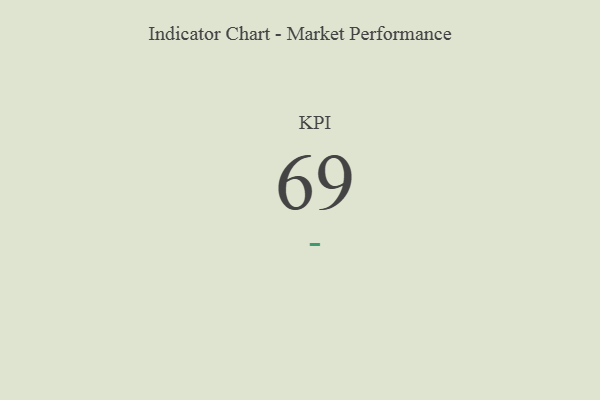
{"axis": {"x": "KPI", "y": "Value"}, "legend": [""], "data": [{"x": "KPI", "y": 69, "type": ""}]}